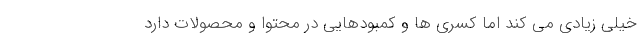
خیلی زیادی می کند اما کسری ها و کمبودهایی در محتوا و محصولات دارد